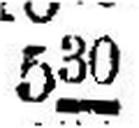
530